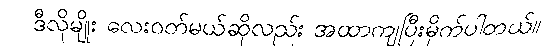
ဒီလိုမျိုး လေးဝတ်မယ်ဆိုလည်း အထာကျပြီးမိုက်ပါတယ်။